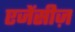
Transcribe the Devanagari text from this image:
एजेंसीज़